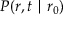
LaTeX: P ( r , t \mid r _ { 0 } )